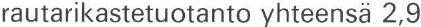
rautarikastetuotanto yhteensä 2,9